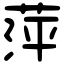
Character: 萍